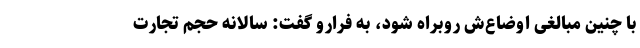
با چنین مبالغی اوضاع‌ش روبراه شود، به فرارو گفت: سالانه حجم تجارت